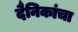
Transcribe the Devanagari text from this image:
दैनिकांचा